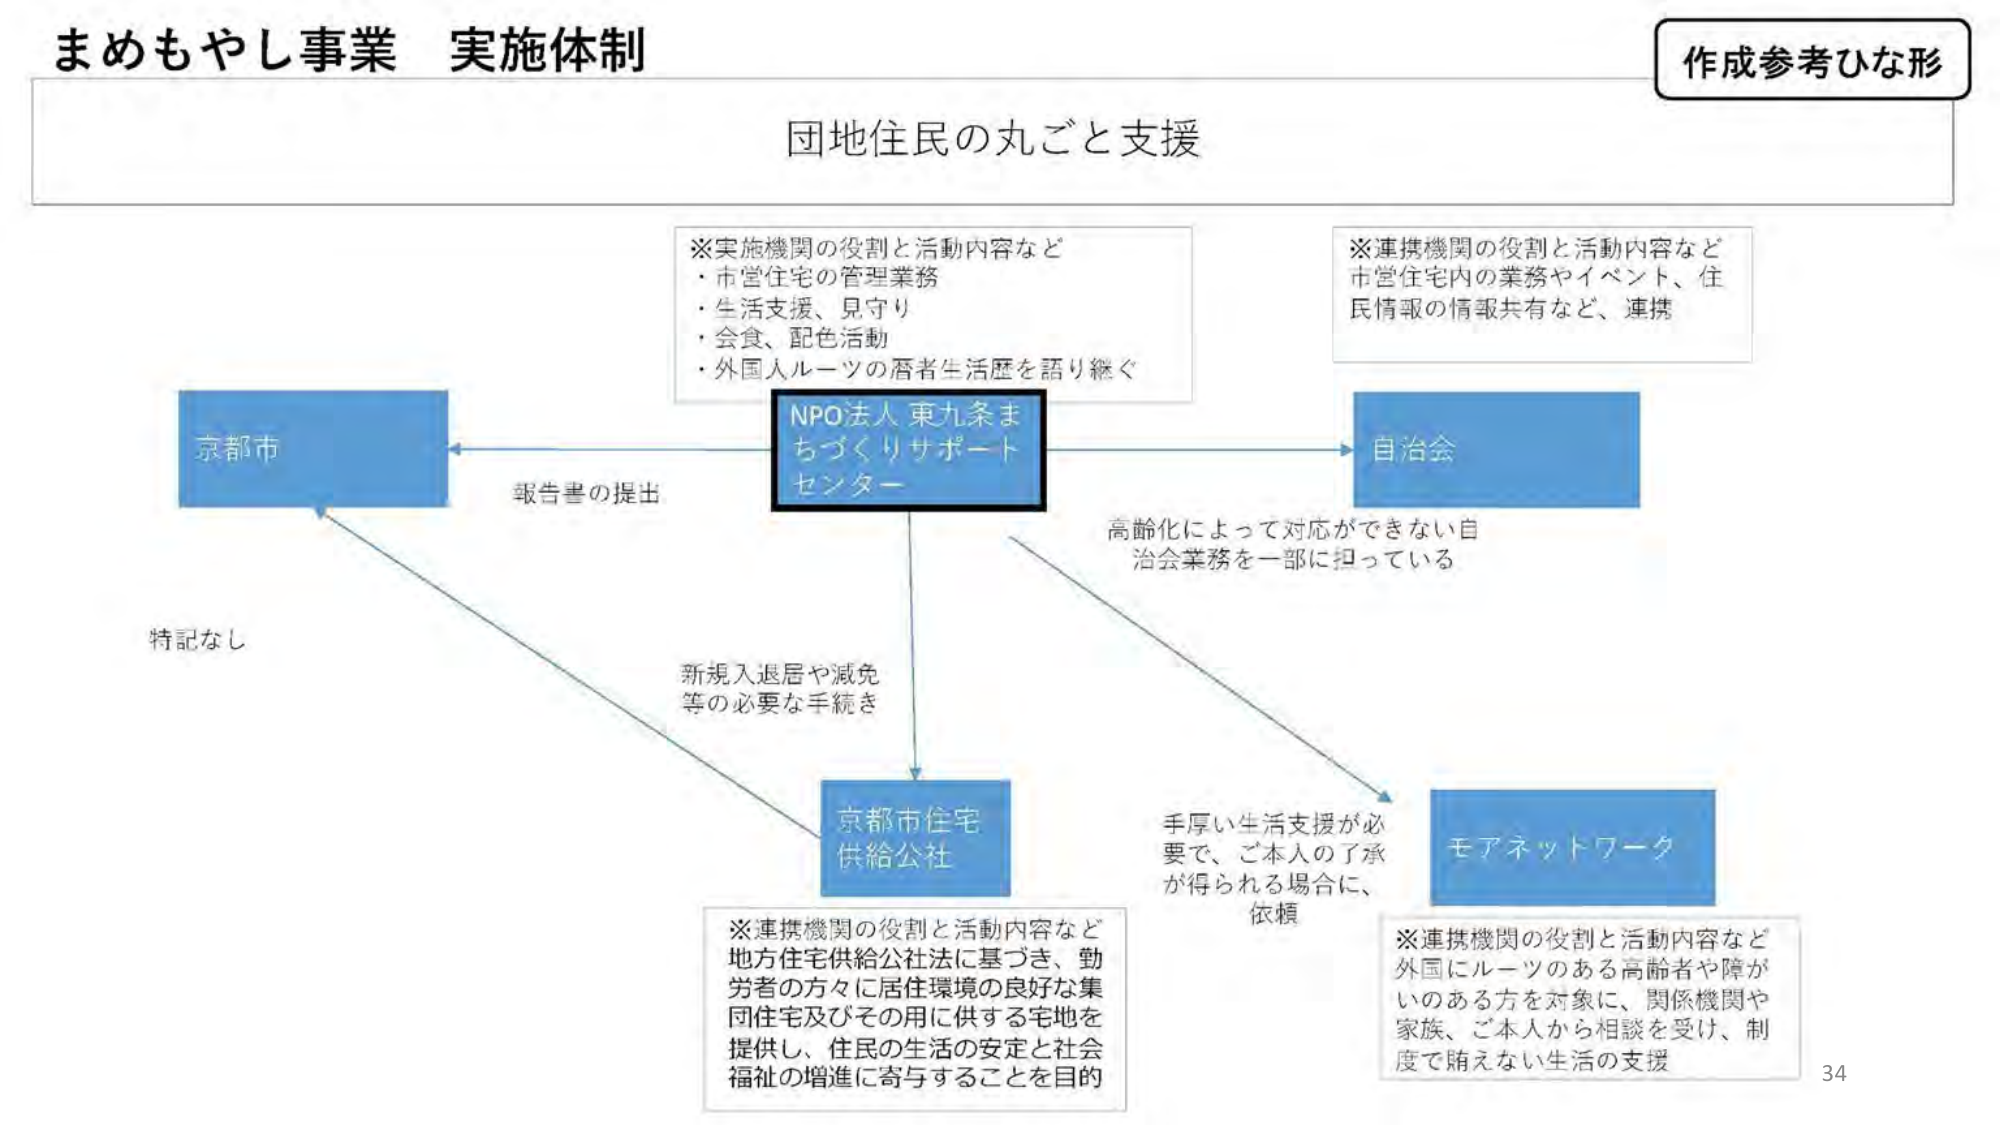
まめもやし事業 実施体制

作成参考ひな形

団地住民の丸ごと支援

※実施機関の役割と活動内容など
・市営住宅の管理業務
・生活支援、見守り
・会食、配色活動
・外国人ルーツの暦者生活歴を語り継ぐ

NPO法人 東九条まちづくりサポートセンター

※連携機関の役割と活動内容など
市営住宅内の業務やイベント、住民情報の情報共有など、連携

京都市

報告書の提出

自治会

高齢化によって対応ができない自治会業務を一部に担っている

特記なし

新規入退居や減免等の必要な手続き

京都市住宅供給公社

※連携機関の役割と活動内容など
地方住宅供給公社法に基づき、勤労者の方々に居住環境の良好な集団住宅及びその用に供する宅地を提供し、住民の生活の安定と社会福祉の増進に寄与することを目的

手厚い生活支援が必要で、ご本人の了承が得られる場合に、依頼

モアネットワーク

※連携機関の役割と活動内容など
外国にルーツのある高齢者や障がいのある方を対象に、関係機関や家族、ご本人から相談を受け、制度で賄えない生活の支援

34